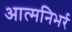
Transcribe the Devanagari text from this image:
आत्मनिभर्र